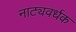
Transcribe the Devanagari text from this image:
नाट्यवर्धक